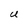
Character: U